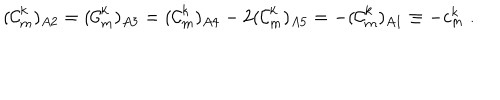
( { \cal C } _ { m } ^ { k } ) _ { A 2 } = ( { \cal C } _ { m } ^ { k } ) _ { A 3 } = ( { \cal C } _ { m } ^ { k } ) _ { A 4 } - 2 ( { \cal C } _ { m } ^ { k } ) _ { A 5 } = - ( { \cal C } _ { m } ^ { k } ) _ { A 1 } \equiv - c _ { m } ^ { k } \; .